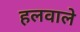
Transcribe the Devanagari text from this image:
हलवाले